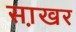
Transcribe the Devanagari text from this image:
सा़खर